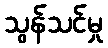
သွန်သင်မှု